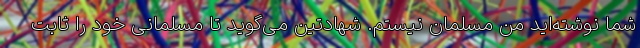
شما نوشته‌اید من مسلمان نیستم. شهادتین می‌گوید تا مسلمانی خود را ثابت